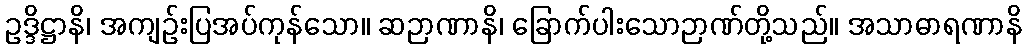
ဥဒ္ဒိဋ္ဌာနိ၊ အကျဉ်းပြအပ်ကုန်သော။ ဆဉာဏာနိ၊ ခြောက်ပါးသောဉာဏ်တို့သည်။ အသာဓာရဏာနိ